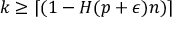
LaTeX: k \geq \lceil ( 1 - H ( p + \epsilon ) n ) \rceil